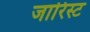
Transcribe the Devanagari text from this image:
जारिस्ट